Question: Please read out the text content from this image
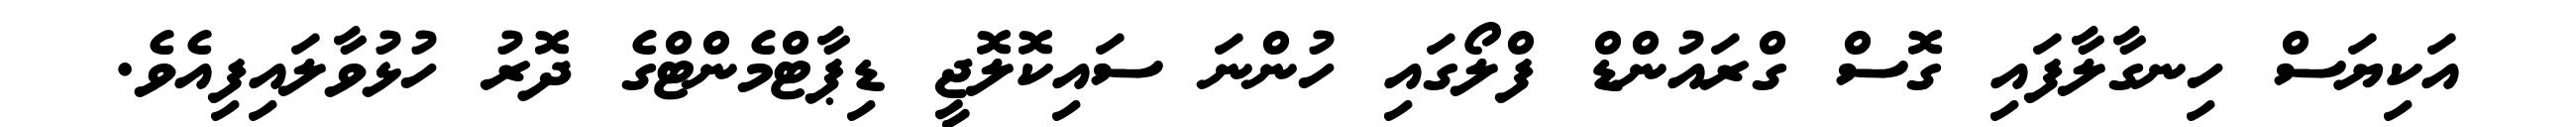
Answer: އަކިޔަސް ހިނގާލާފައި ގޮސް ގްރައުންޑް ފްލޯގައި ހުންނަ ސައިކޮލޮޖީ ޑިޕާޓްމެންޓްގެ ދޮރު ހުޅުވާލައިފިއެވެ.